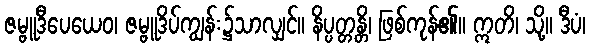
ဇမ္ဗူဒီပေယေဝ၊ ဇမ္ဗူဒိပ်ကျွန်း၌သာလျှင်။ နိပ္ပတ္တန္တိ၊ ဖြစ်ကုန်၏။ ဣတိ၊ သို့။ ဒီပံ၊